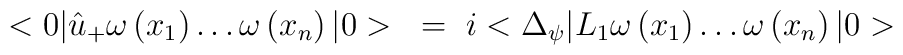
<0|\hat{u}_{+}\omega\left( x_{1} \right)\ldots \omega\left( x_{n}\right)|0>~=~i<\Delta_{\psi}|L_{1}\omega\left( x_{1} \right)\ldots \omega\left(x_{n} \right)|0>